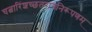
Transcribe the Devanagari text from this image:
चत्वारिंशच्छतरागनिरूपणम्‌